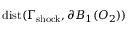
\mathrm { d i s t } ( \Gamma _ { \mathrm { { s h o c k } } } , \partial B _ { 1 } ( O _ { 2 } ) )